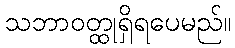
သဘာဝတ္ထုရှိရပေမည်။